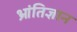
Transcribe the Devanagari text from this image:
भ्रांतिज्ञान